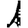
Digit: 1